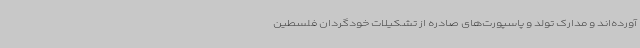
آورده‌اند و مدارک تولد و پاسپورت‌های صادره از تشکیلات خودگردان فلسطین